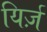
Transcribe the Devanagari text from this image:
यिर्ज़